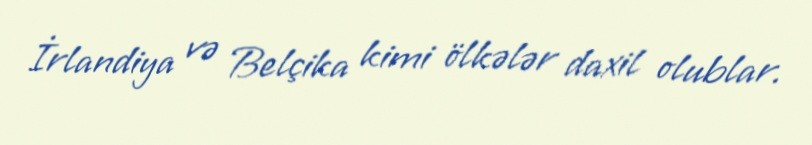
İrlandiya və Belçika kimi ölkələr daxil olublar.